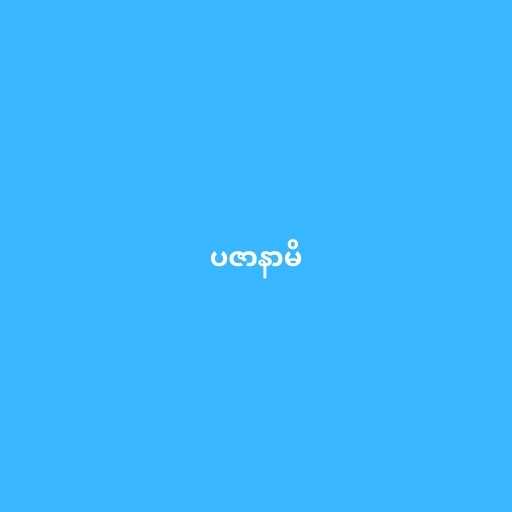
ပဇာနာမိ